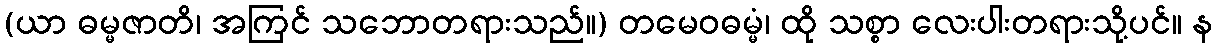
(ယာ ဓမ္မဇာတိ၊ အကြင် သဘောတရားသည်။) တမေဝဓမ္မံ၊ ထို သစ္စာ လေးပါးတရားသို့ပင်။ န